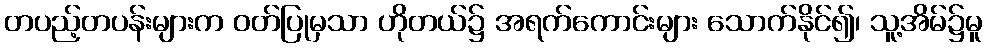
တပည့်တပန်းများက ဝတ်ပြုမှသာ ဟိုတယ်၌ အရက်ကောင်းများ သောက်နိုင်၍၊ သူ့အိမ်၌မူ